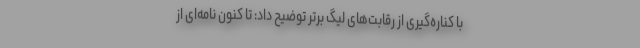
با کناره‌گیری از رقابت‌های لیگ برتر توضیح داد:‌ تا کنون نامه‌ای از